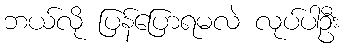
ဘယ်လို ပြန်ပြောရမလဲ လုပ်ပါဦး